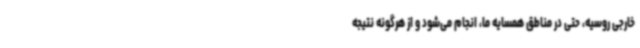
خارجی روسیه، حتی در مناطق همسایه ما، انجام می‌شود و از هرگونه نتیجه